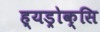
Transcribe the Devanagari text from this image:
ह्यड्रोक्सि